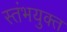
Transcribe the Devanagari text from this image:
स्तंभयुक्त